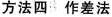
方法四 作差法